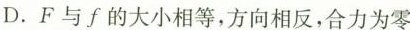
D.F与f的大小相等，方向相反，合力为零